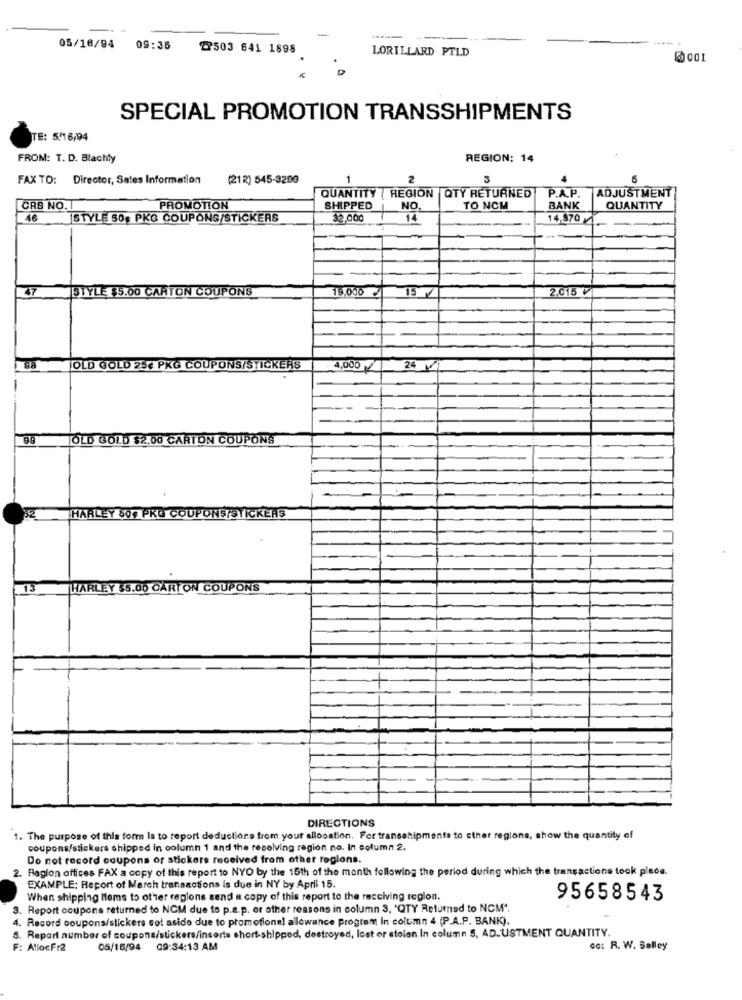
05/18/94 09:36
2503 641 1898
LORILLARD PTLD
D
SPECIAL PROMOTION TRANSSHIPMENTS
TE: 5/16/94
FROM: T. D. Blachty
REGION: 14
FAX TO: Director, Sales Information
(212) 545-3209
QUANTITY | REGION QTY RETURNED
ADJUSTMENT
P.A.P.
CRB NO.
PROMOTION
SHIPPED
NO.
TO NCM
BANK
QUANTITY
46
STYLE 50€ PKG COUPONS/STICKERS
32,000
14
14.870
47
STYLE $5.00 CARTON COUPONS
19.000
15
2.015
OLD GOLD 25€ PKG COUPONS/STICKERS
4,000
24
99
OLD GOLD $2.00 CARTON COUPONS
HARLEY 8OF PRE COUPONS/STICKERS
15
HARLEY $5.00 CARTON COUPONS
DIRECTIONS
1. The purpose of this form la to report deductions from your allocation. For transshipments to other regions, show the quantity of
coupons/stickers shipped in column 1 and the resolving region no. In column 2.
Do not record coupons or stickers received from other regions.
2. Ragion offices FAX a copy of this report to NYO by the 15th of the month following the period during which the transactions took place.
EXAMPLE: Report of March transactions is due in NY by April 15.
When shipping items to other regions send a copy of this report to the racciving region.
95658543
3. Report coupons returned to NCM due to p.a.p. or other reasons in column 3, 'QTY Returned to NCM".
4. Record coupons/stickers sot aside due to promotional allowance program In column 4 (P.A.P. BANK).
5. Repart number of coupons/stickers/inserts short-shipped, destroyed, lost or stolen In column 5, ADJUSTMENT QUANTITY
F: AllocFr2
05/16/94 09:34:13 AM
ce: R. W. Salley